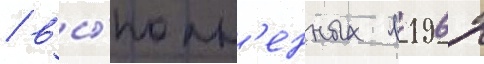
/ вы́полн'енных в 1962